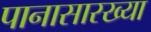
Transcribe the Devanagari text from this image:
पानासारख्या